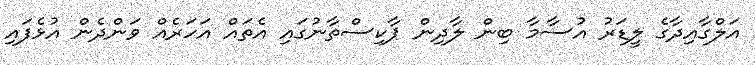
އަލްގާއިދާގެ ލީޑަރު އުސާމާ ބިން ލާދިން ޕާކިސްތާނުގައި އެތައް އަހަރެއް ވަންދެން އުޅެފައި